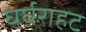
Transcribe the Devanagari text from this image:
घर्घराहट